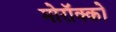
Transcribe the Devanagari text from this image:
मोरॉक्को